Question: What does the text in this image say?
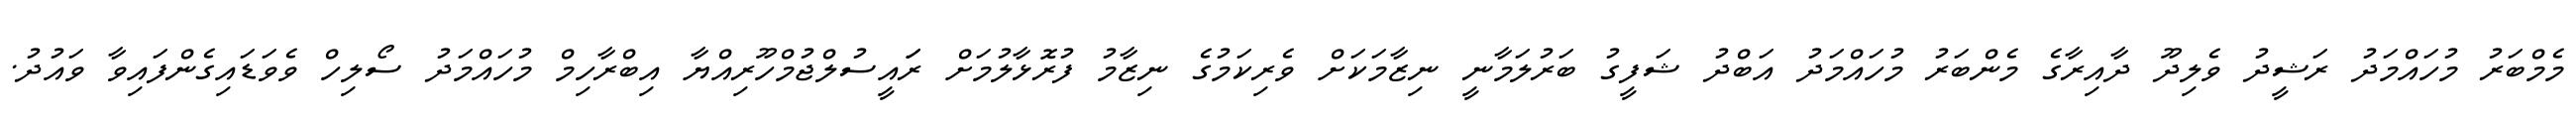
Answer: މެމްބަރު މުހައްމަދު ރަޝީދު ވެލިދޫ ދާއިރާގެ މެންބަރު މުހައްމަދު އަބްދު ޝަފީގު ބަރުލަމާނީ ނިޒާމަކަށް ވެރިކަމުގެ ނިޒާމު ފުރޮޅާލުމަށް ރަައީސުލްޖުމްހޫރިއްޔާ އިބްރާހިމް މުހައްމަދު ސޯލިހް ވެވަޑައިގެންފައިވާ ވައުދު.